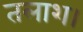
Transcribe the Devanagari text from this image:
तलाश।